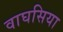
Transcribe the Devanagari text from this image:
वाघसिया